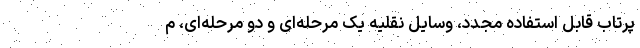
پرتاب قابل استفاده مجدد، وسایل نقلیه یک مرحله‌ای و دو مرحله‌ای، م